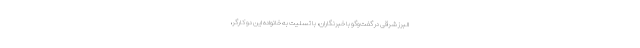
البرز شرقی در گفت‌وگو با خبرنگاران، با تسلیت به خانواده این دو کارگر،